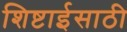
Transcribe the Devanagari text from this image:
शिष्टाईसाठी